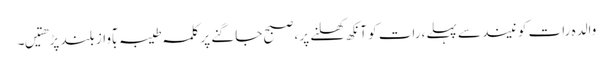
والدہ رات کو نیند سے پہلے،رات کو آنکھ کھلنے پر ،صبح جاگنے پر کلمہ طیبہ بآواز بلند پڑھتیں۔